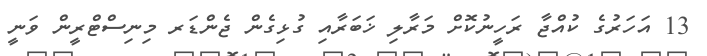
13 އަހަރުގެ ކުއްޖާ ރަހީނުކޮށް މަރާލި ޚަބަރާއި ގުޅިގެން ޖެންޑަރ މިނިސްޓްރީން ވަނީ